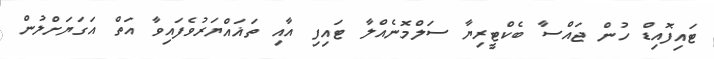
ޓައިފޮއިޑް ހުން ޖައްސާ ބެކްޓީރިޔާ ސަލްމޮނެއްލާ ޓައިފި އާއި ތަޣައްޔަރުވެފައިވާ އަތް އަގަޔަށްލުން